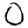
Digit: 0